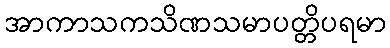
အာကာသကသိဏသမာပတ္တိပရမာ